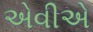
એવીએ